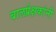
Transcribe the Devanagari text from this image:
बालप्रेक्षकांनी